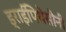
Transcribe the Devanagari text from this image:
ड्राईपिथेसीनी